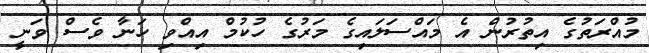
މުއްރަތުގެ އިތުރުން އެ މައްސަލައިގެ މަރުގެ ހުކުމް އިއްވި ހަނާ ވެސް ވަނީ